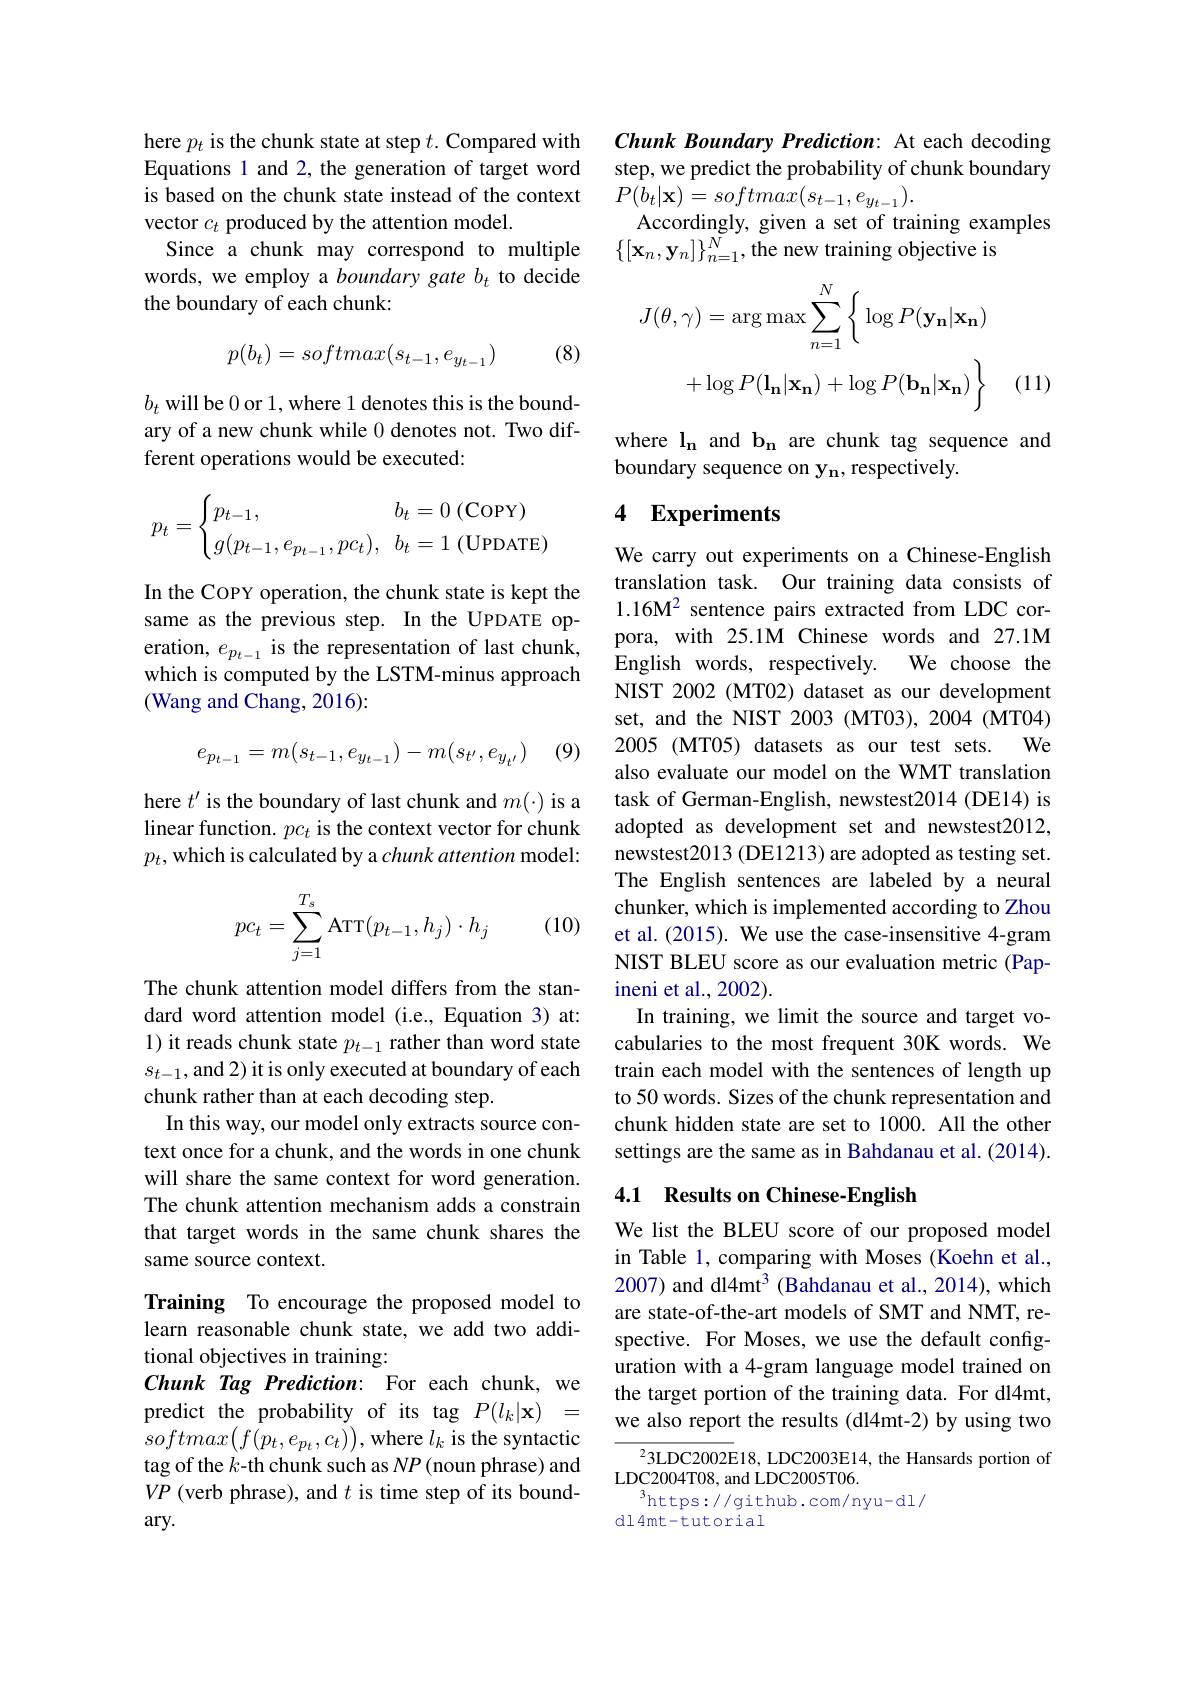
here $p_t$ is the chunk state at step $t.$ Compared with Equations 1 and 2, the generation of target word is based on the chunk state instead of the context vector $c_t$ produced by the attention model.
Since a chunk may correspond to multiple words, we employ a boundary gate $b_t$ to decide the boundary of each chunk:
$$p(b_t)=softmax(s_{t-1},e_{y_{t-1}})$$
(8)

$b_{t}$ will be 0 or 1, where 1 denotes this is the boundary of a new chunk while 0 denotes not. Two different operations would be executed:
$$p_t=\begin{cases}p_{t-1},&b_t=0\text{(COPY)}\\g(p_{t-1},e_{p_{t-1}},pc_t),&b_t=1\text{(UPDATE)}\end{cases}$$
In the COPY operation, the chunk state is kept the same as the previous step. In the UPDATE operation, $e_{p_{t-1}}$ is the representation of last chunk, which is computed by the LSTM-minus approach (Wang and Chang, 2016):
$$e_{p_{t-1}}=m(s_{t-1},e_{y_{t-1}})-m(s_{t'},e_{y_{t'}})$$
(9)

here $t^\prime$ is the boundary of last chunk and $m(\cdot)$ is a linear function. $pc_t$ is the context vector for chunk $p_t$,which is calculated by a chunk attention model:
$$\begin{aligned}pc_t=\sum_{j=1}^{T_s}\text{ATT}(p_{t-1},h_j)\cdot h_j\end{aligned}$$
(10)

The chunk attention model differs from the standard word attention model (i.e., Equation 3) at: 1) it reads chunk state $p_t-1$ rather than word state $s_{t-1}$,and 2) it is only executed at boundary of each chunk rather than at each decoding step.
In this way, our model only extracts source context once for a chunk, and the words in one chunk will share the same context for word generation. The chunk attention mechanism adds a constrain that target words in the same chunk shares the same source context.

Training To encourage the proposed model to learn reasonable chunk state, we add two additional objectives in training:
Chunk Tag Prediction: For each chunk, we predict the probability of its tag $P(l_k|\mathbf{x})=$ $softmax\big(f\big(p_{t},e_{p_{t}},c_{t}\big)\big)$,where $l_{k}$ is the syntactic tag of the $k$-th chunk such as $NP($noun phrase) and $VP$ (verb phrase), and $t$ is time step of its bound- $\arg.$

Chunk Boundary Prediction: At each decoding step, we predict the probability of chunk boundary $P(b_{t}|\mathbf{x})=softmax(s_{t-1},e_{y_{t-1}}).$
Accordingly, given a set of training examples
$\left\{[\mathbf{x}_n,\mathbf{y}_n]\right\}_{n=1}^N$,the new training objective is
$$\begin{aligned}J(\theta,\gamma)&=\arg\max\sum_{n=1}^{N}\bigg\{\log P(\mathbf{y_{n}}|\mathbf{x_{n}})\\&+\log P(\mathbf{l_{n}}|\mathbf{x_{n}})+\log P(\mathbf{b_{n}}|\mathbf{x_{n}})\bigg\}\end{aligned}$$
(11)

where $\mathbf{l_n}$ and b$_\mathrm{n}$ are chunk tag sequence and
boundary sequence on y$_{\mathbf{n}}$, respectively.

# 4 Experiments

We carry out experiments on a Chinese-English translation task. Our training data consists of $1.16M^2 sentence pairs extracted from LDC cor-$ pora, with 25.1M Chinese words and 27.1M
We choose the
English words, respectively.
NIST 2002 (MT02) dataset as our development set, and the NIST 2003 (MT03), 2004 (MT04) 2005 (MT05) datasets as our test sets. We also evaluate our model on the WMT translation task of German-English, newstest2014 (DE14) is adopted as development set and newstest2012, newstest2013 (DE1213) are adopted as testing set. The English sentences are labeled by a neural chunker, which is implemented according to Zhou et al. (2015). We use the case-insensitive 4-gram NIST BLEU score as our evaluation metric (Papineni et al., 2002).
In training, we limit the source and target vocabularies to the most frequent 30K words. We train each model with the sentences of length up to 50 words. Sizes of the chunk representation and chunk hidden state are set to 1000. All the other settings are the same as in Bahdanau et al. (2014).

## 4.1 Results on Chinese-English

We list the BLEU score of our proposed model in Table 1, comparing with Moses (Koehn et al., 2007) and dl4mt$^3$ (Bahdanau et al., 2014), which are state-of-the-art models of SMT and NMT, respective. For Moses, we use the default configuration with a 4-gram language model trained on the target portion of the training data. For dl4mt, we also report the results (dl4mt-2) by using two

${^23\mathrm{LDC2002E18,~LDC2003E14,~the~Hansards~portion~of}}$
LDC2004T08, and LDC2005T06.
$^{3}$https://github.com/nyu-dl/
dl4mt-tutorial